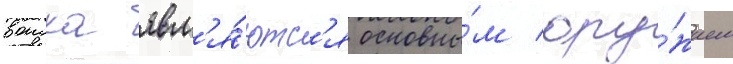
воиска явл'я́ютс'я основны́м ору́жием